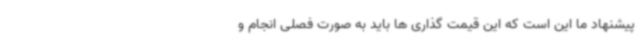
پیشنهاد ما این است که این قیمت گذاری ها باید به صورت فصلی انجام و